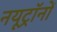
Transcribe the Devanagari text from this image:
नयूट्रॉनों